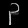
Digit: ၃